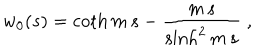
w _ { 0 } ( s ) = \coth m \, s - \frac { m \, s } { \sinh ^ { 2 } m \, s } \; ,